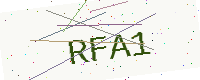
Text: RFA1